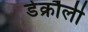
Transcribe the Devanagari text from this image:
डेक्रौली